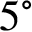
5 ^ { \circ }